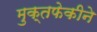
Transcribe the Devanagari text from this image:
मुक्तफेकीने